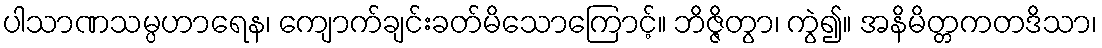
ပါသာဏသမ္ပဟာရေန၊ ကျောက်ချင်းခတ်မိသောကြောင့်။ ဘိဇ္ဇိတွာ၊ ကွဲ၍။ အနိမိတ္တကတဒိသာ၊